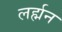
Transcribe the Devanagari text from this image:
लर्ह्मन